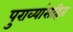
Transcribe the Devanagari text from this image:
पुराव्यांसहित